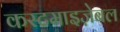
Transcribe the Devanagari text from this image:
कस्टमाइज़ेबल